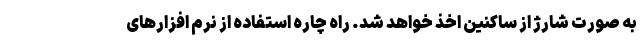
به صورت شارژ از ساکنین اخذ خواهد شد. راه چاره استفاده از نرم افزارهای